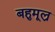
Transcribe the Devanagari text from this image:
बहुमूल्र